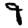
Digit: 9